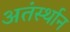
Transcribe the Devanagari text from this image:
अतंर्स्थान